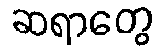
ဆရာတွေ